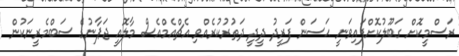
ރަސްމީކޮށް ގަބޫލުކޮށްފައިވަނީ ޙަސަން ފަރީދު ދީދީ ދަތުރުކުރެއްވި އެޗްއެމްއެސް މާލޮއީ ޖަޕާނުގެ ސަބްމެރީނަކުން